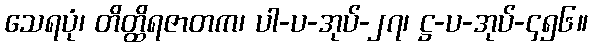
သေရပုံ၊ တိတ္ထိရဇာတက၊ ပါ-ပ-အုပ်-၂၇၊ ဋ္ဌ-ပ-အုပ်-၄၅၆။